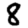
Digit: 8